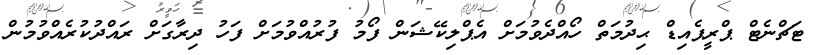
ޓަޗްނެޓް ޕްރީޕެއިޑް ޙިދުމަތް ހޯއްދެވުމަށް އެޕްލިކޭޝަން ފޯމު ފުރުއްވުމަށް ފަހު ދިރާގަށް ރައްދުކުރެއްވުމުން